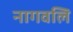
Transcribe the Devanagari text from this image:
नागवलि